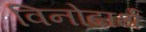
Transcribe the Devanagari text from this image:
विनोदार्थ